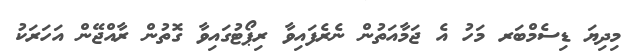
މިދިޔަ ޑިސެމްބަރ މަހު އެ ޖަމާއަތުން ނެރެފައިވާ ރިޕޯޓުގައިވާ ގޮތުން ރާއްޖޭން އަހަރަކު